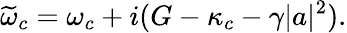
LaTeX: \widetilde{\omega}_{c}=\omega_{c}+i(G-\kappa_{c}-\gamma|a|^{2}).